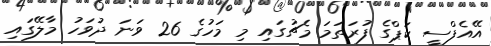
އޭއެފްސީ ކަޕްގެ ފުރަތަމަ މެޗުގައި މި މަހުގެ 26 ވަނަ ދުވަހު މާލޭގައި